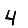
Digit: 4